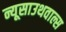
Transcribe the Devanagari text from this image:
न्यूसाउथवाल्स